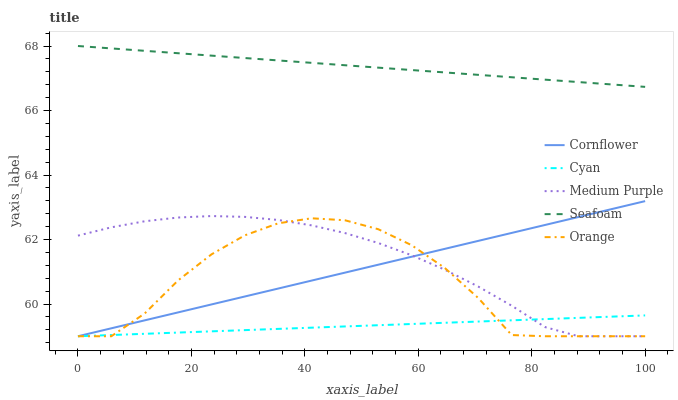
| xaxis_label | Cornflower | Cyan | Medium Purple | Seafoam | Orange |
 | --- | --- | --- | --- | --- | --- |
 | 0 | 59 | 59 | 62.1 | 68 | 59 |
 | 5.88 | 59.2 | 59 | 62.4 | 67.9 | 59 |
 | 11.8 | 59.5 | 59.1 | 62.6 | 67.9 | 59.7 |
 | 17.6 | 59.7 | 59.1 | 62.7 | 67.8 | 60.7 |
 | 23.5 | 60 | 59.2 | 62.7 | 67.7 | 61.5 |
 | 29.4 | 60.2 | 59.2 | 62.7 | 67.6 | 62.1 |
 | 35.3 | 60.5 | 59.2 | 62.6 | 67.6 | 62.5 |
 | 41.2 | 60.7 | 59.3 | 62.4 | 67.5 | 62.7 |
 | 47.1 | 61 | 59.3 | 62.2 | 67.4 | 62.6 |
 | 52.9 | 61.2 | 59.3 | 61.9 | 67.3 | 62.3 |
 | 58.8 | 61.5 | 59.4 | 61.5 | 67.3 | 61.8 |
 | 64.7 | 61.7 | 59.4 | 61.1 | 67.2 | 61.1 |
 | 70.6 | 62 | 59.5 | 60.5 | 67.1 | 60.2 |
 | 76.5 | 62.2 | 59.5 | 59.9 | 67 | 59 |
 | 82.4 | 62.5 | 59.5 | 59.3 | 67 | 59 |
 | 88.2 | 62.7 | 59.6 | 59 | 66.9 | 59 |
 | 94.1 | 62.9 | 59.6 | 59 | 66.8 | 59 |
 | 100 | 63.2 | 59.6 | 59 | 66.7 | 59 |